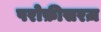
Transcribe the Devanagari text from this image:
परोफ़ीसरज़